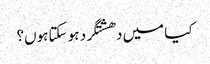
کیا میں دھشتگرد ہو سکتا ہوں؟